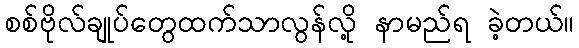
စစ်ဗိုလ်ချုပ်တွေထက်သာလွန်လို့ နာမည်ရ ခဲ့တယ်။